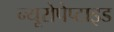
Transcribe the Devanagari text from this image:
न्यूरोपेप्टाइड